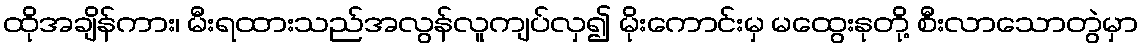
ထိုအချိန်ကား၊ မီးရထားသည်အလွန်လူကျပ်လှ၍ မိုးကောင်းမှ မထွေးနုတို့ စီးလာသောတွဲမှာ